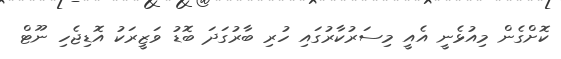
ކޮށްގެން މިއުޅެނީ އެއީ މިސަރުކާރުގައި ހުރި ބާރުގަދަ ބޮޑު ވަޒީރަކު އޮޑިޖެހި ނޫޓް